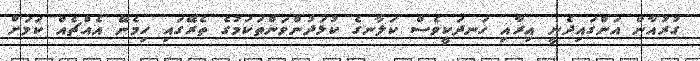
ގުރުއާން އަންގައިދެނީ އިރާއި ހަނދަކީވެސް ކަލާނގެ ކުޅަދުންވަންތަކަމުގެ ތެރޭގައި ހިމެނޭ އެއްޗެއް ކަމަށް